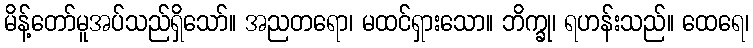
မိန့်တော်မူအပ်သည်ရှိသော်။ အညတရော၊ မထင်ရှားသော။ ဘိက္ခု၊ ရဟန်းသည်။ ထေရေ၊